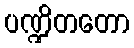
ပဏ္ဍိတတော